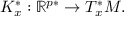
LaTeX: K _ { x } ^ { * } : \mathbb { R } ^ { p * } \to T _ { x } ^ { * } M .